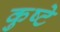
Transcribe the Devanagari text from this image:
कुष्टे